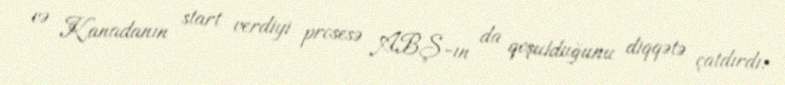
və Kanadanın start verdiyi prosesə ABŞ-ın da qoşulduğunu diqqətə çatdırdı: